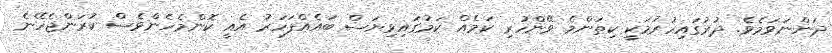
ދަންނަވަމެވެ. ދުރުގައިހުރުމަކީ ކިތަންމެ ވޭންހުރި ކަމެއް ކަމުގައިވިޔަސް ބައެއްފަހަރު އެއީ ކޮންމެހެންވެސް ކުރަންޖެހޭނެ